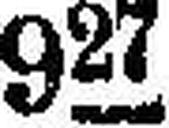
927